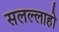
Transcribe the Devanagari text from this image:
सलल्लाहो